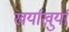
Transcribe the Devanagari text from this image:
खर्याखुर्या